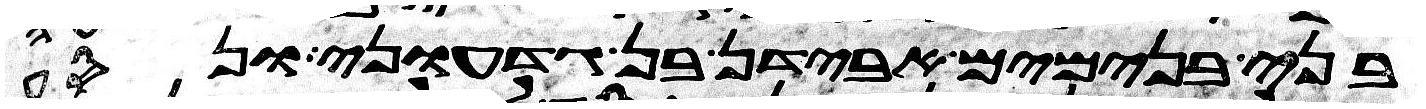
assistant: בני בנימים אבידן בן גדעוני ונסע